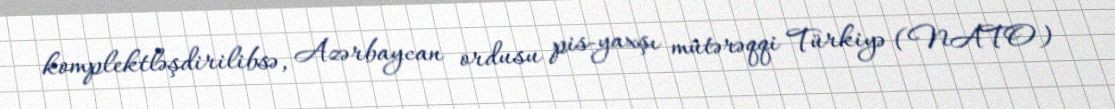
komplektləşdirilibsə, Azərbaycan ordusu pis-yaxşı mütərəqqi Türkiyə (NATO)